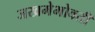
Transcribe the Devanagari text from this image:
जखमेभोवती